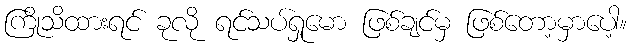
ကြိုသိထားရင် ခုလို ရင်သပ်ရှုမော ဖြစ်ချင်မှ ဖြစ်တော့မှာပေါ့။